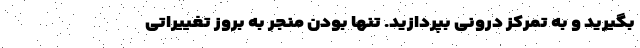
بگیرید و به تمرکز درونی بپردازید. تنها بودن منجر به بروز تغییراتی